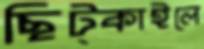
ছিট্‌কাইলে